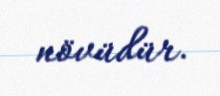
növüdür.